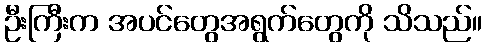
ဦးကြီးက အပင်တွေအရွက်တွေကို သိသည်။